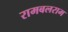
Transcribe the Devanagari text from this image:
रामबलराम